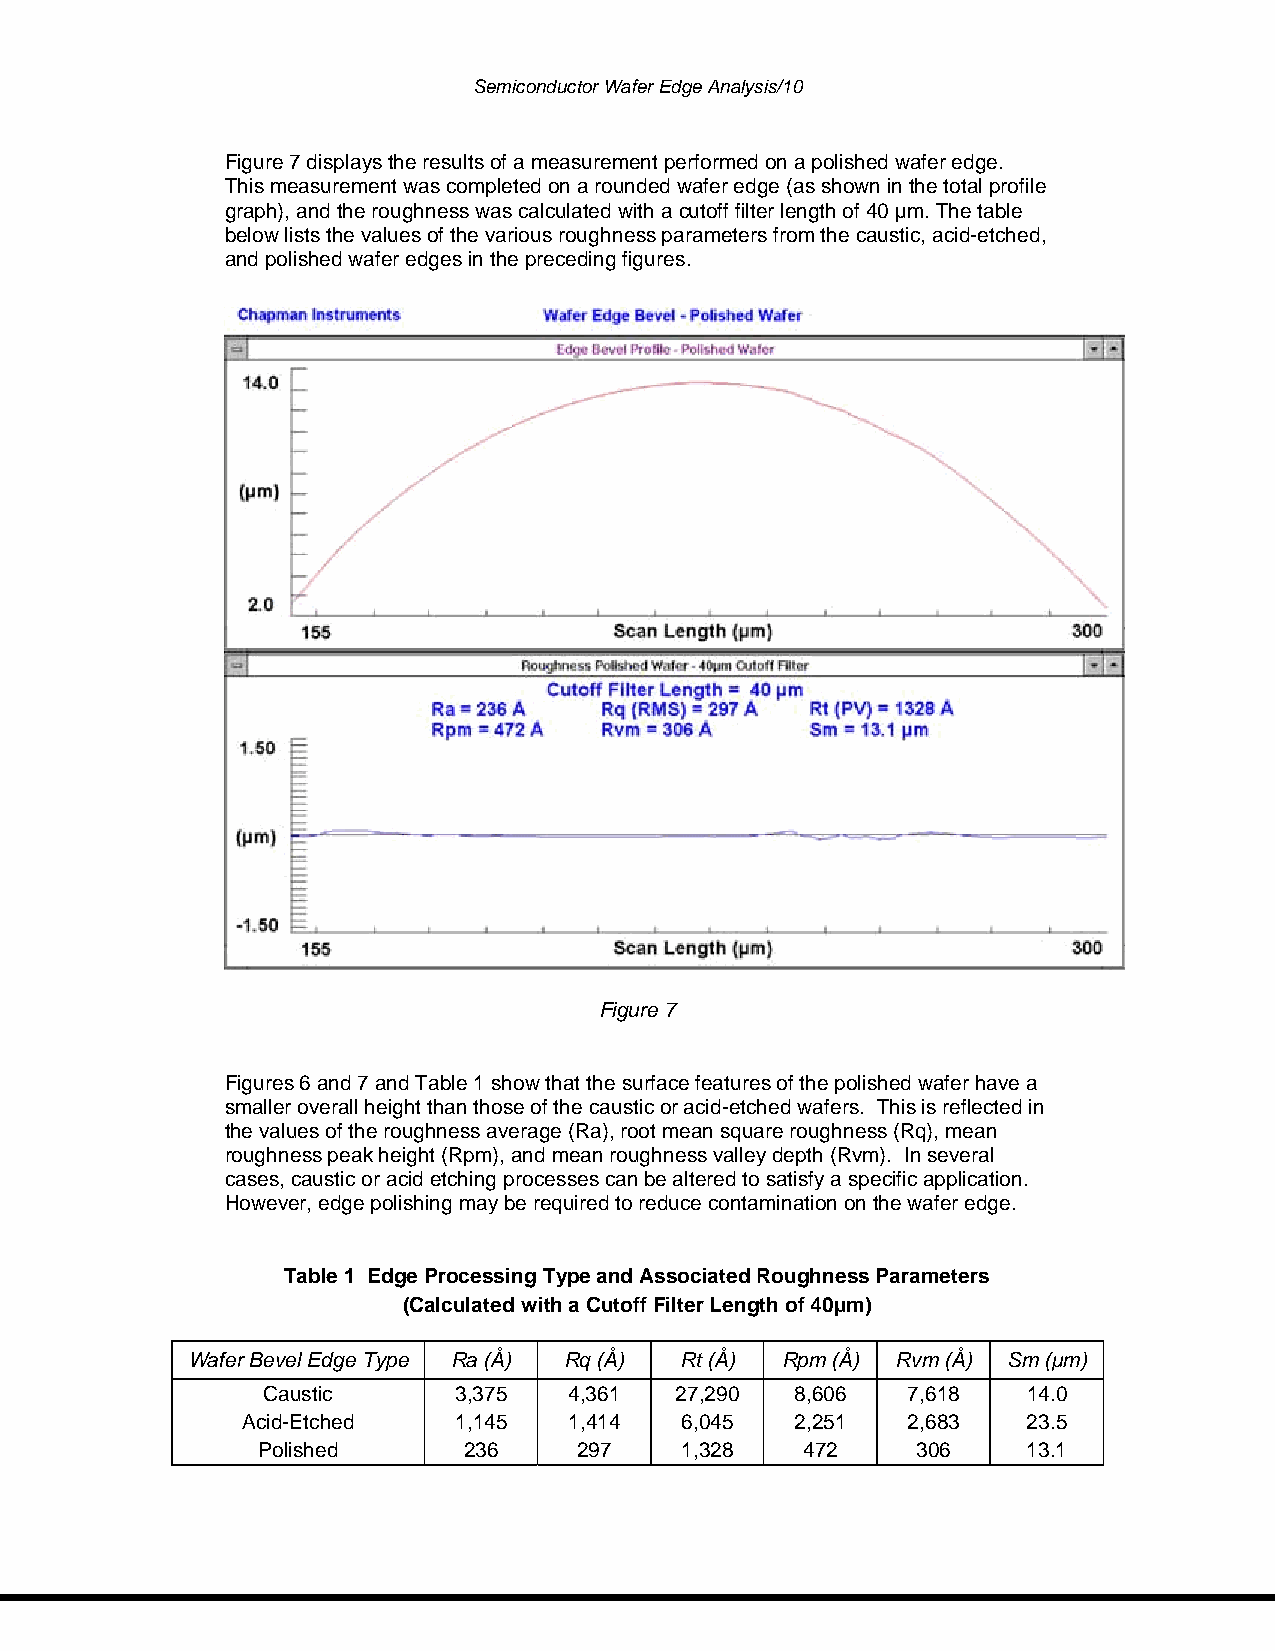
Semiconductor Wafer Edge Analysis/10
 Figure 7 displays the results of a measurement performed on a polished wafer edge.
 This measurement was completed on a rounded wafer edge (as shown in the total profile
 graph), and the roughness was calculated with a cutoff filter length of 40 µm. The table
 below lists the values of the various roughness parameters from the caustic, acid-etched,
 and polished wafer edges in the preceding figures.
 Figure 7
 Figures 6 and 7 and Table 1 show that the surface features of the polished wafer have a
 smaller overall height than those of the caustic or acid-etched wafers. This is reflected in
 the values of the roughness average (Ra), root mean square roughness (Rq), mean
 roughness peak height (Rpm), and mean roughness valley depth (Rvm). In several
 cases, caustic or acid etching processes can be altered to satisfy a specific application.
 However, edge polishing may be required to reduce contamination on the wafer edge.
 Table 1 Edge Processing Type and Associated Roughness Parameters
 (Calculated with a Cutoff Filter Length of 40µm)
 Wafer Bevel Edge Type Ra (Å) Rq (Å) Rt (Å) Rpm (Å) Rvm (Å) Sm (µm)
 Caustic      3,375   4,361  27,290  8,606  7,618   14.0
 Acid-Etched   1,145   1,414  6,045   2,251  2,683   23.5
 Polished      236    297    1,328   472     306    13.1